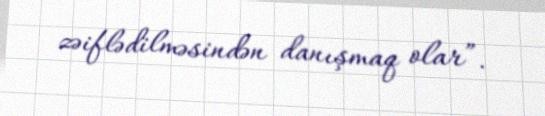
zəiflədilməsindən danışmaq olar”.